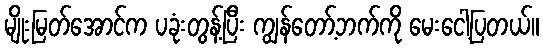
မျိုးမြတ်အောင်က ပခုံးတွန့်ပြီး ကျွန်တော့်ဘက်ကို မေးငေါ့ပြတယ်။